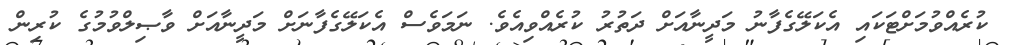
ކުރެއްވުމަށްޓަކައި އެކަލޭގެފާނު މަދީނާއަށް ދަތުރު ކުރެއްވިއެވެ. ނަމަވެސް އެކަލޭގެފާނަށް މަދީނާއަށް ވާޞިލްވުމުގެ ކުރިން